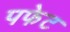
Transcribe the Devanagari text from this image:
पफेट